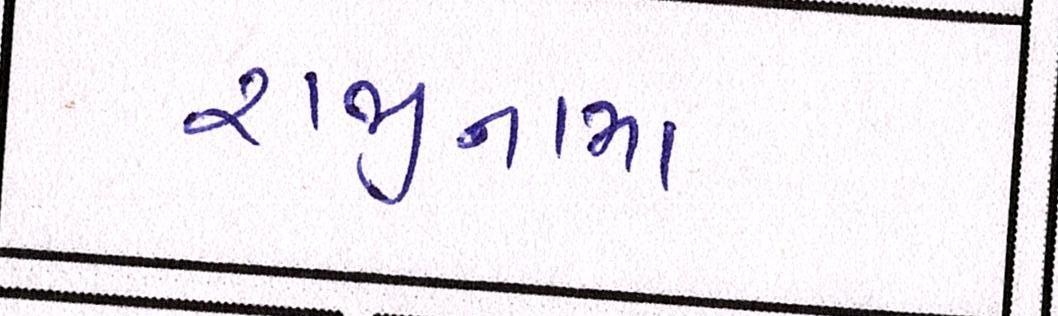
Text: રાજીનામા